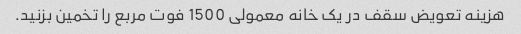
هزینه تعویض سقف در یک خانه معمولی 1500 فوت مربع را تخمین بزنید.